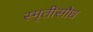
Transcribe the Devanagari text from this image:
स्मृतीसौध